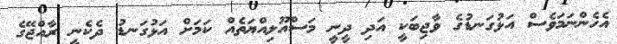
އެހެންނަމަވެސް އަޅުގަނޑުގެ ވާޖިބަކީ އަދި ދީނީ މަސްއޫލިއްޔަތެއް ކަމަށް އަޅުގަނޑު ދެކެނީ ރާއްޖޭގެ